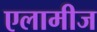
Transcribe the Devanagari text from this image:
एलामीज